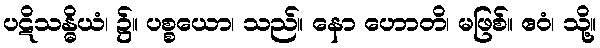
ပဋိသန္ဓိယံ၊ ၌။ ပစ္စယော၊ သည်။ နော ဟောတိ၊ မဖြစ်။ ဧဝံ၊ သို့။